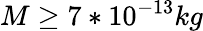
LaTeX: M\ge 7*10^{-13}kg